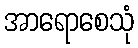
အာရောစေသုံ